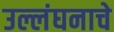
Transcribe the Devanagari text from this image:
उल्लंघनाचे